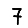
Digit: 7